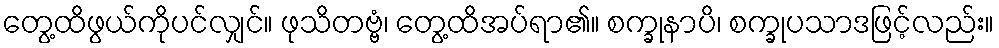
တွေ့ထိဖွယ်ကိုပင်လျှင်။ ဖုသိတဗ္ဗံ၊ တွေ့ထိအပ်ရာ၏။ စက္ခုနာပိ၊ စက္ခုပသာဒဖြင့်လည်း။